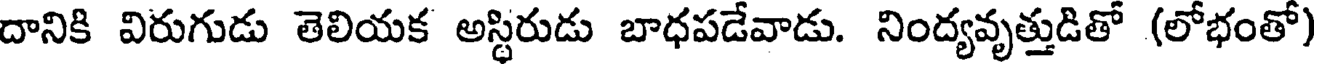
దానికి విరుగుడు తెలియక అస్థిరుడు బాధపడేవాడు. నింద్యవృత్తుడితో (లోభంతో)